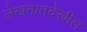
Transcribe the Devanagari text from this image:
लेखनातदेखील